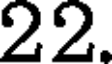
22.